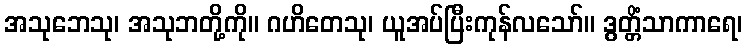
အသုဘေသု၊ အသုဘတို့ကို။ ဂဟိတေသု၊ ယူအပ်ပြီးကုန်လသော်။ ဒွတ္တိံသာကာရေ၊